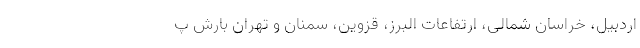
اردبیل، خراسان شمالی، ارتفاعات البرز، قزوین، سمنان و تهران بارش پ